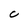
Character: C